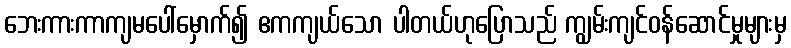
ဘေးကားကာကျမပေါ်မှောက်၍ ဧကကျယ်သော ပါတယ်ဟုပြောသည် ကျွမ်းကျင်ဝန်ဆောင်မှုများမှ